First report of the anti-malarial operations at Mian Mir, 1901-1903 - Number 6
Year: 1901
Disease focus: Malaria
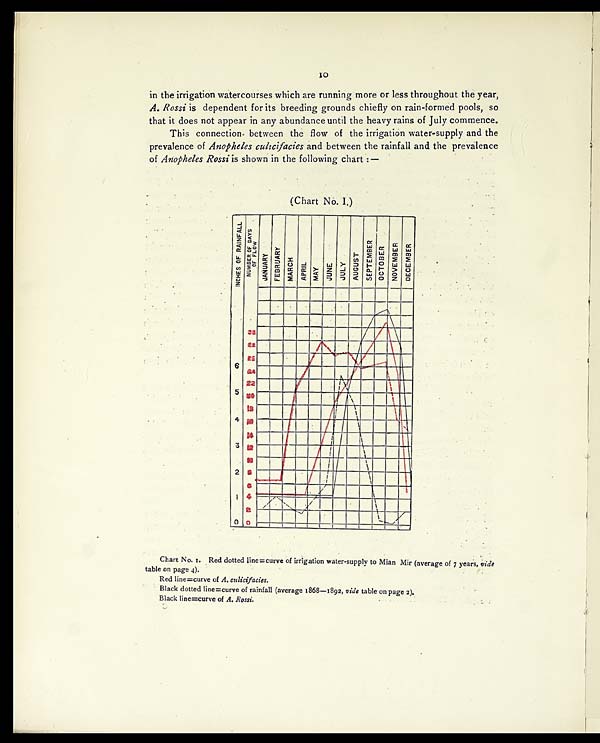
10
in the irrigation watercourses which are running more or less throughout the year,
A. Rossi is dependent for its breeding grounds chiefly on rain-formed pools, so
that it does not appear in any abundance until the heavy rains of July commence.
This connection between the flow of the irrigation water-supply and the
prevalence of Anopheles culicifacies and between the rainfall and the prevalence
of Anopheles Rossi is shown in the following chart :—
(Chart No. I.)
Chart No. I. Red dotted line=curve of irrigation water-supply to Mian Mir (average of 7 years, vide
table on page 4).
Red line=curve of A. culicifacies.
Black dotted line=curve of rainfall (average 1868—1892, vide table on page 2).
Black line=curve of A. Rossi.